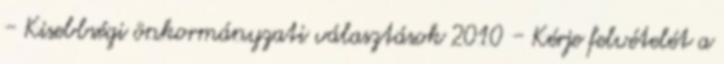
- Kisebbségi önkormányzati választások 2010 - Kérje felvételét a